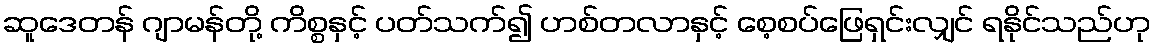
ဆူဒေတန် ဂျာမန်တို့ ကိစ္စနှင့် ပတ်သက်၍ ဟစ်တလာနှင့် စေ့စပ်ဖြေရှင်းလျှင် ရနိုင်သည်ဟု